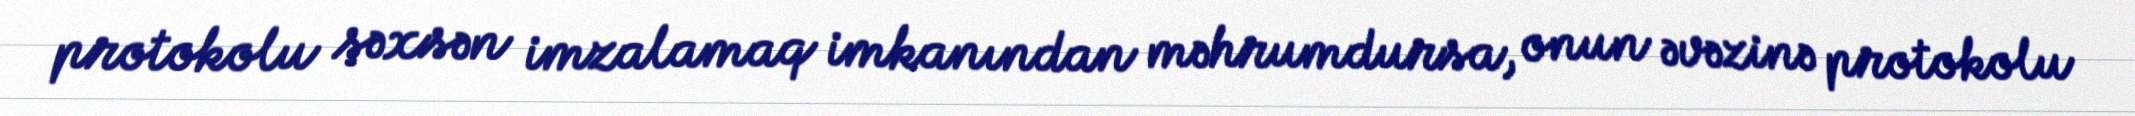
protokolu şəxsən imzalamaq imkanından məhrumdursa, onun əvəzinə protokolu